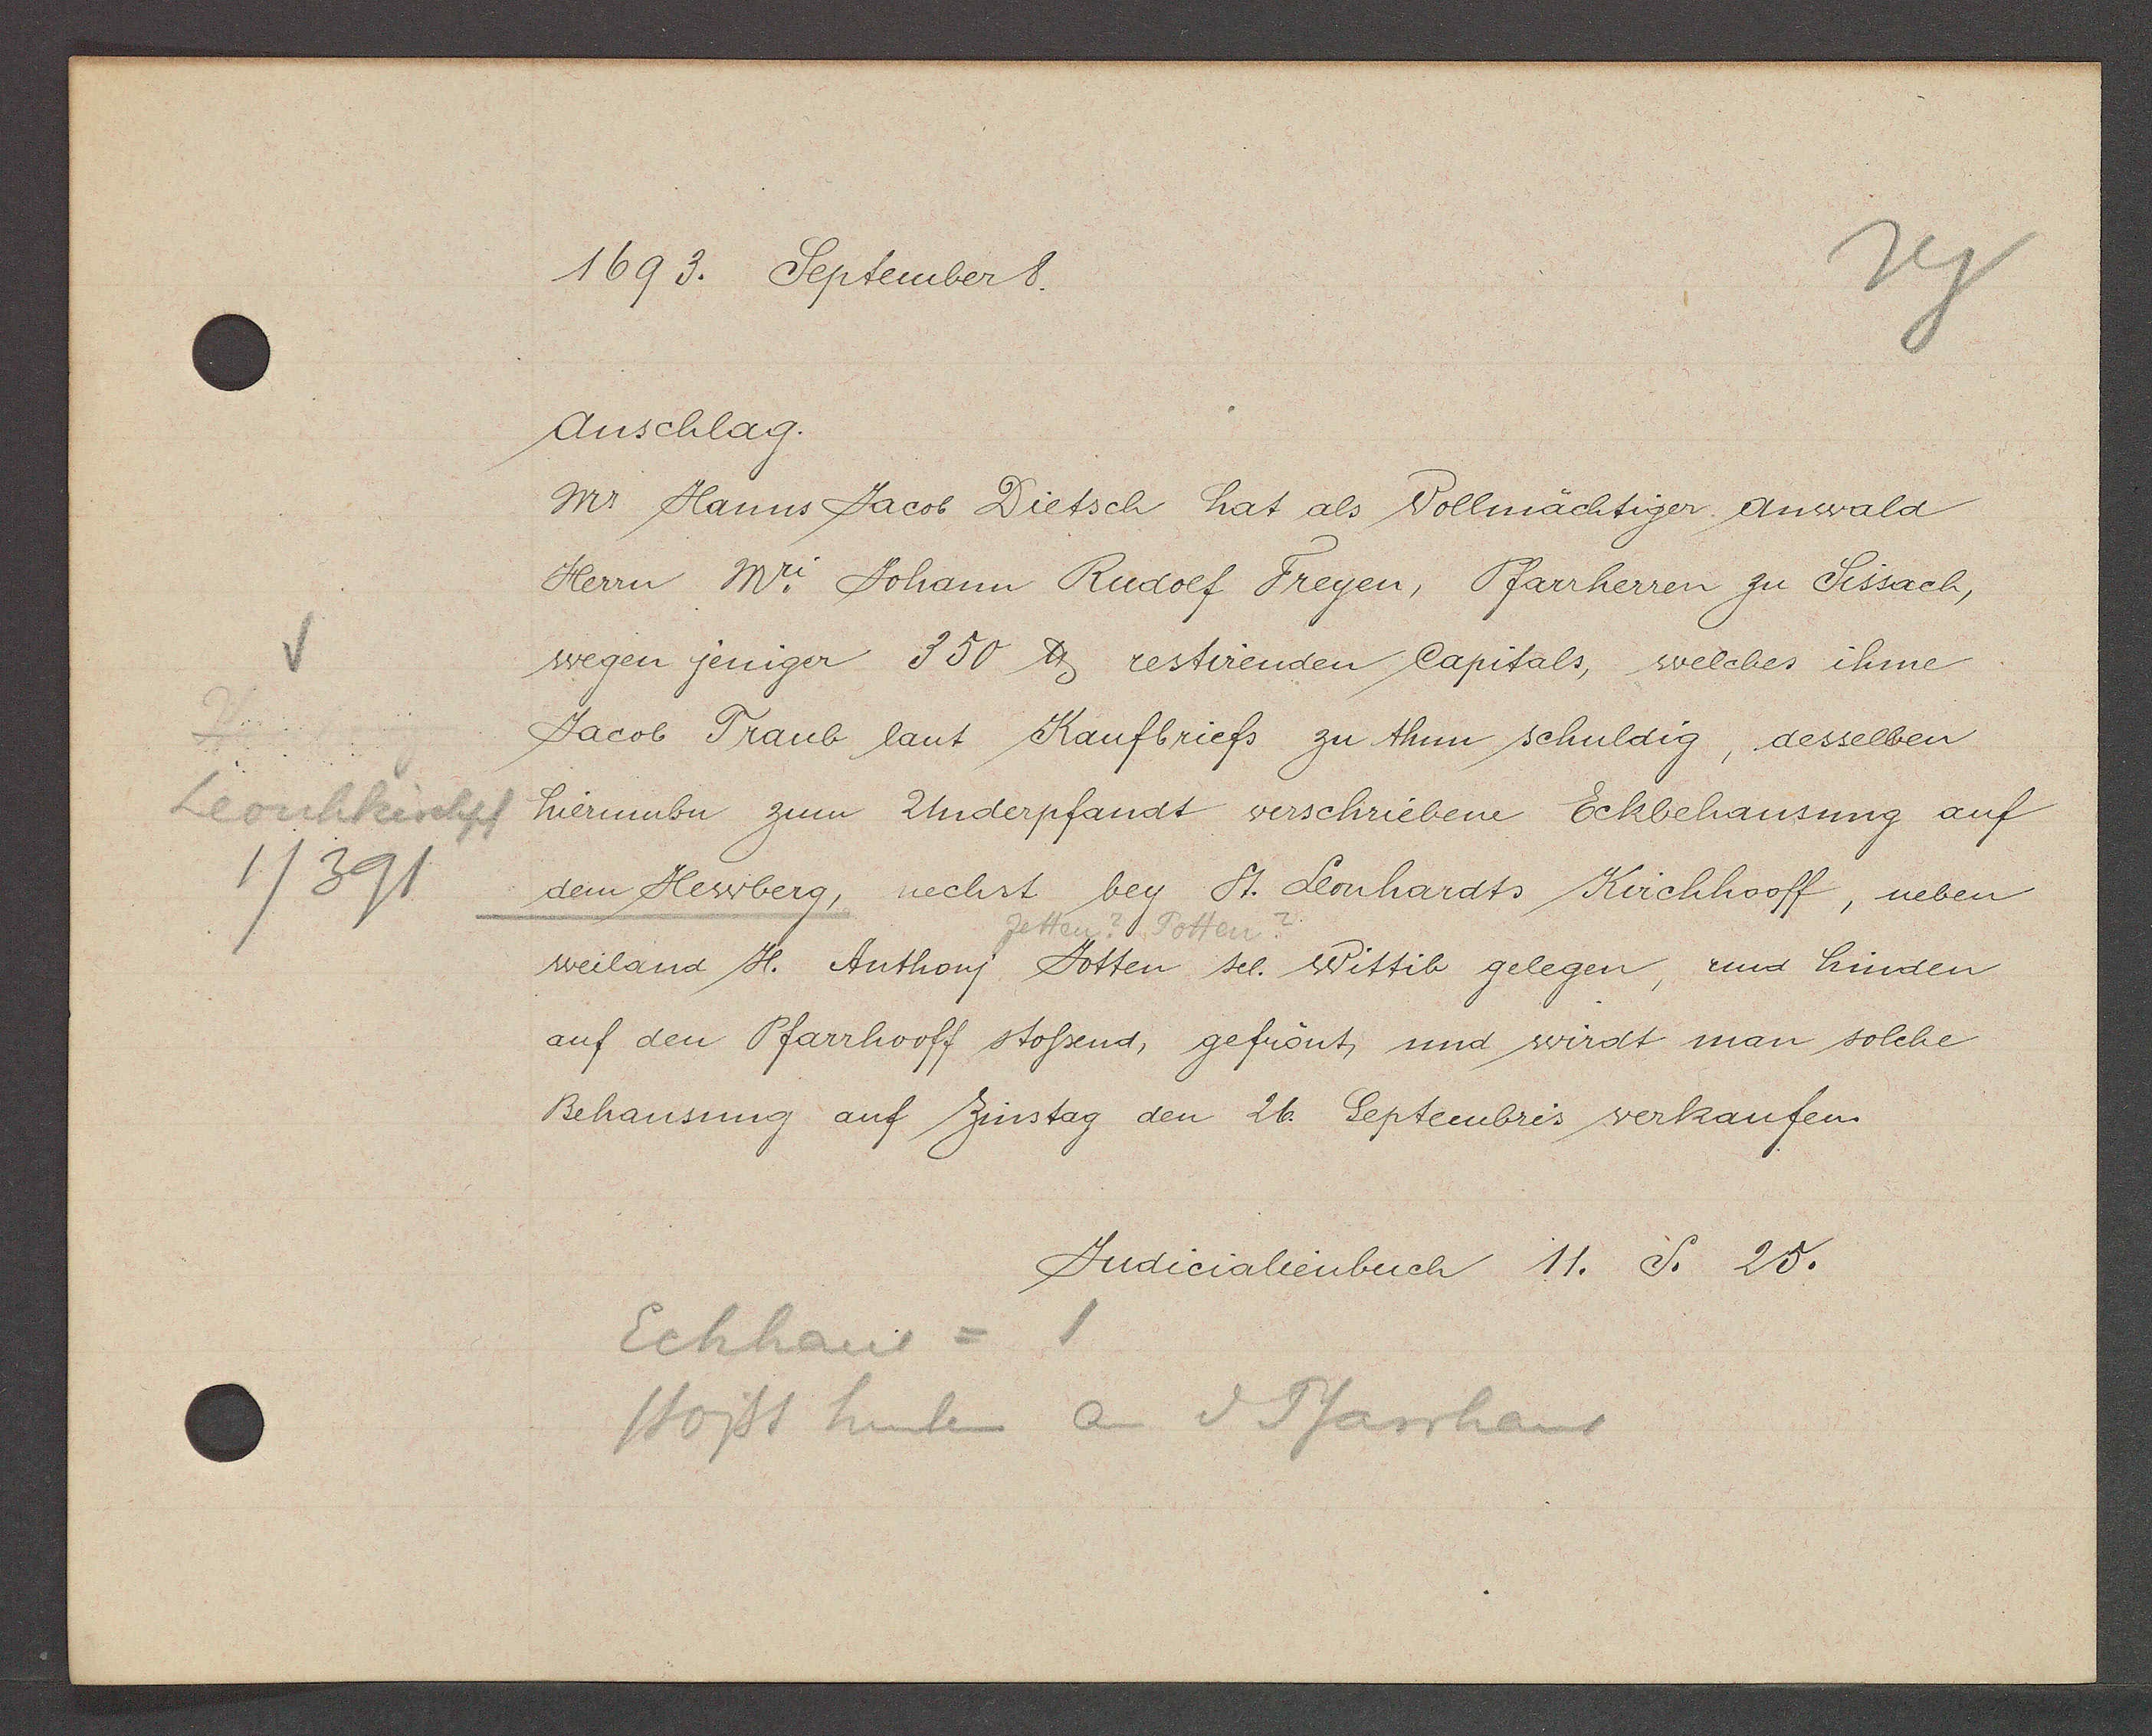
Transcript:
Leonhkirchpf
1/391

1693. September 8.

Anschlag.
Mr. Hanns Jacob Dietsch hat als Vollmächtiger Anwald
Herrn Mr. Johann Rudolf Freyen, Pfarrherren zu Sissach,
wegen jeniger 350 ℔ restirenden Capitals, welches ihme
Jacob Traub laut Kaufbriefs zu thun schuldig, desselben
hierumbn zum Underpfandt verschriebene Eckbehausung auf
dem Hewberg, nechst bey St. Leonhardts Kirchhooff, neben
Zetten? Totten?
weiland H. Anthonj Jotten sel. Wittib gelegen, und hinden
auf den Pfarrhooff stossend, gefrönt, und wirdt man solche
Behausung auf Zinstag den 26. Septembris verkaufen.

Eckhaus = 1
Stosst hinten an d. Pfarrhaus

Judicialienbuch 11. S. 25.